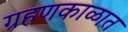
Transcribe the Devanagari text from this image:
ग्रहणकाळात